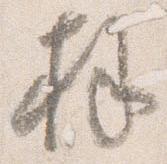
拝